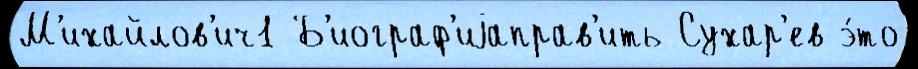
М'ихайлов'ич1 Б'иограф'иjаправ'ить Сухар'ев э́то